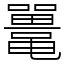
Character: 鼍